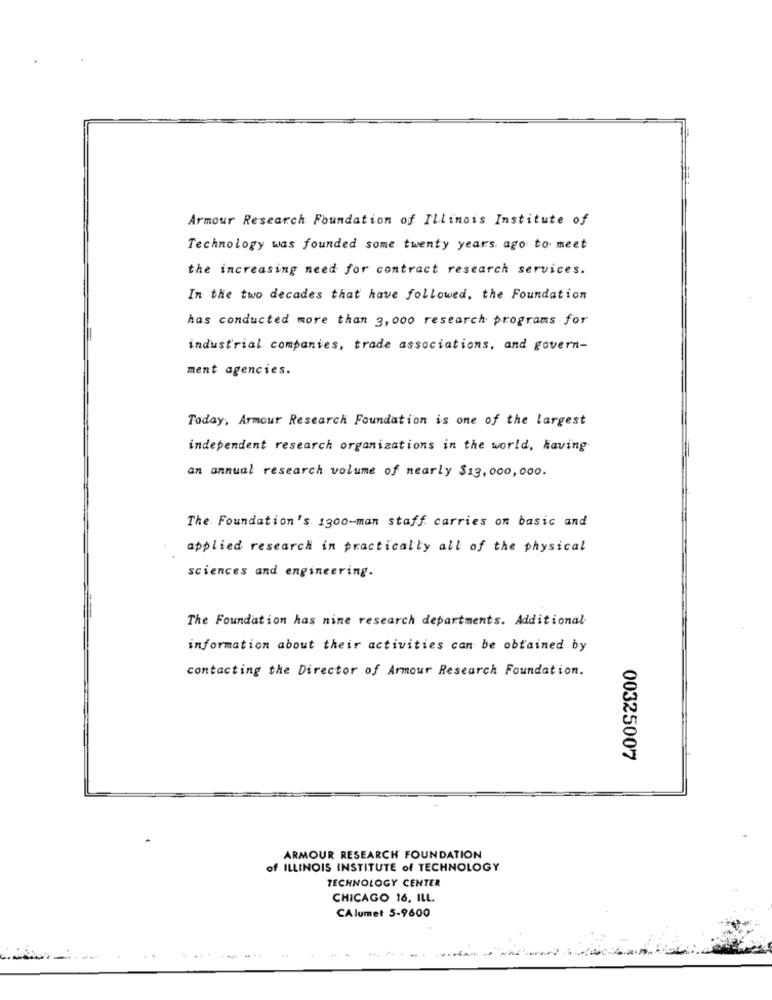
Armour Research Foundation of Illinois Institute of
Technology was founded some twenty years ago to meet
the increasing need for contract research services.
In the two decades that have followed, the Foundation
has conducted more than 3, 000 research programs for
industrial companies, trade associations, and govern-
ment agencies.
Today, Armour Research Foundation is one of the largest
independent research organizations in the world, having
an annual research volume of nearly $13, 000,000.
The Foundation's 1300-man staff carries on basic and
applied research in practically all of the physical
sciences and engineering.
The Foundation has nine research departments. Additional
information about their activities can be obtained by
contacting the Director of Armour Research Foundation.
00325007
ARMOUR RESEARCH FOUNDATION
of ILLINOIS INSTITUTE of TECHNOLOGY
TECHNOLOGY CENTER
CHICAGO 16, ILL.
CAlumet 5-9600